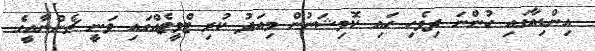
އިންޑިއާގައި ހުންނަ ދިވެހި ހައި ކޮމިޝަނުން މިއަދު ކުރި ޓްވީޓެއްގައި ވަނީ ޗެންނާއީގެ